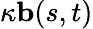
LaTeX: \kappa\mathbf{b}(s,t)